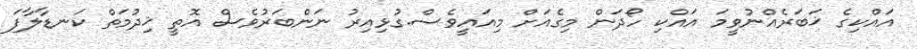
އައްކިގެ ޚަބަރެއްނުވީމަ އައްކި ހޯދަން މިގެއަށް މިއައީވެސް.ގުޅިއިރު ނަންބަރުވެސް އޮތީ ޚިދުމަތް ކަނޑާލާފަ